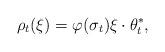
LaTeX: \begin{align*}\rho_t(\xi) &=\varphi(\sigma_t) \xi \cdot \theta_t^* ,\end{align*}